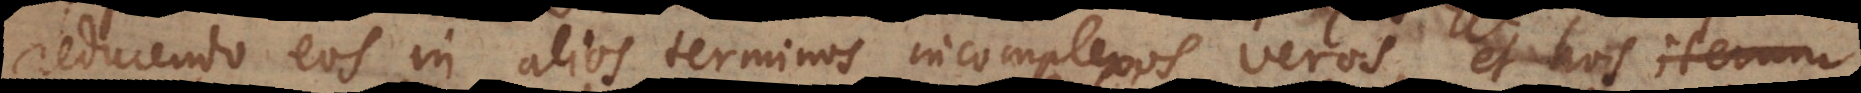
reducendo eos in alios terminos incomplexos veros, et hos iteru